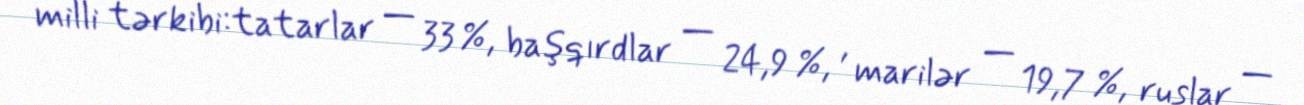
milli tərkibi:tatarlar — 33 %, başqırdlar — 24,9 %, , marilər — 19,7 %, ruslar —